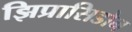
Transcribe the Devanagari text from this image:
झिप्रासिडोन